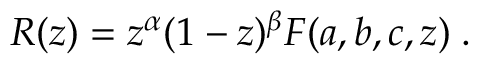
R ( z ) = z ^ { \alpha } ( 1 - z ) ^ { \beta } F ( a , b , c , z ) \; .